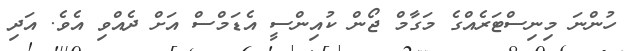
ހުންނަ މިނިސްޓަރެއްގެ މަގާމް ޖޯން ކުއިންސީ އެޑަމްސް އަށް ދެއްވި އެވެ. އަދި